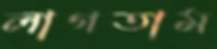
লাগতাম